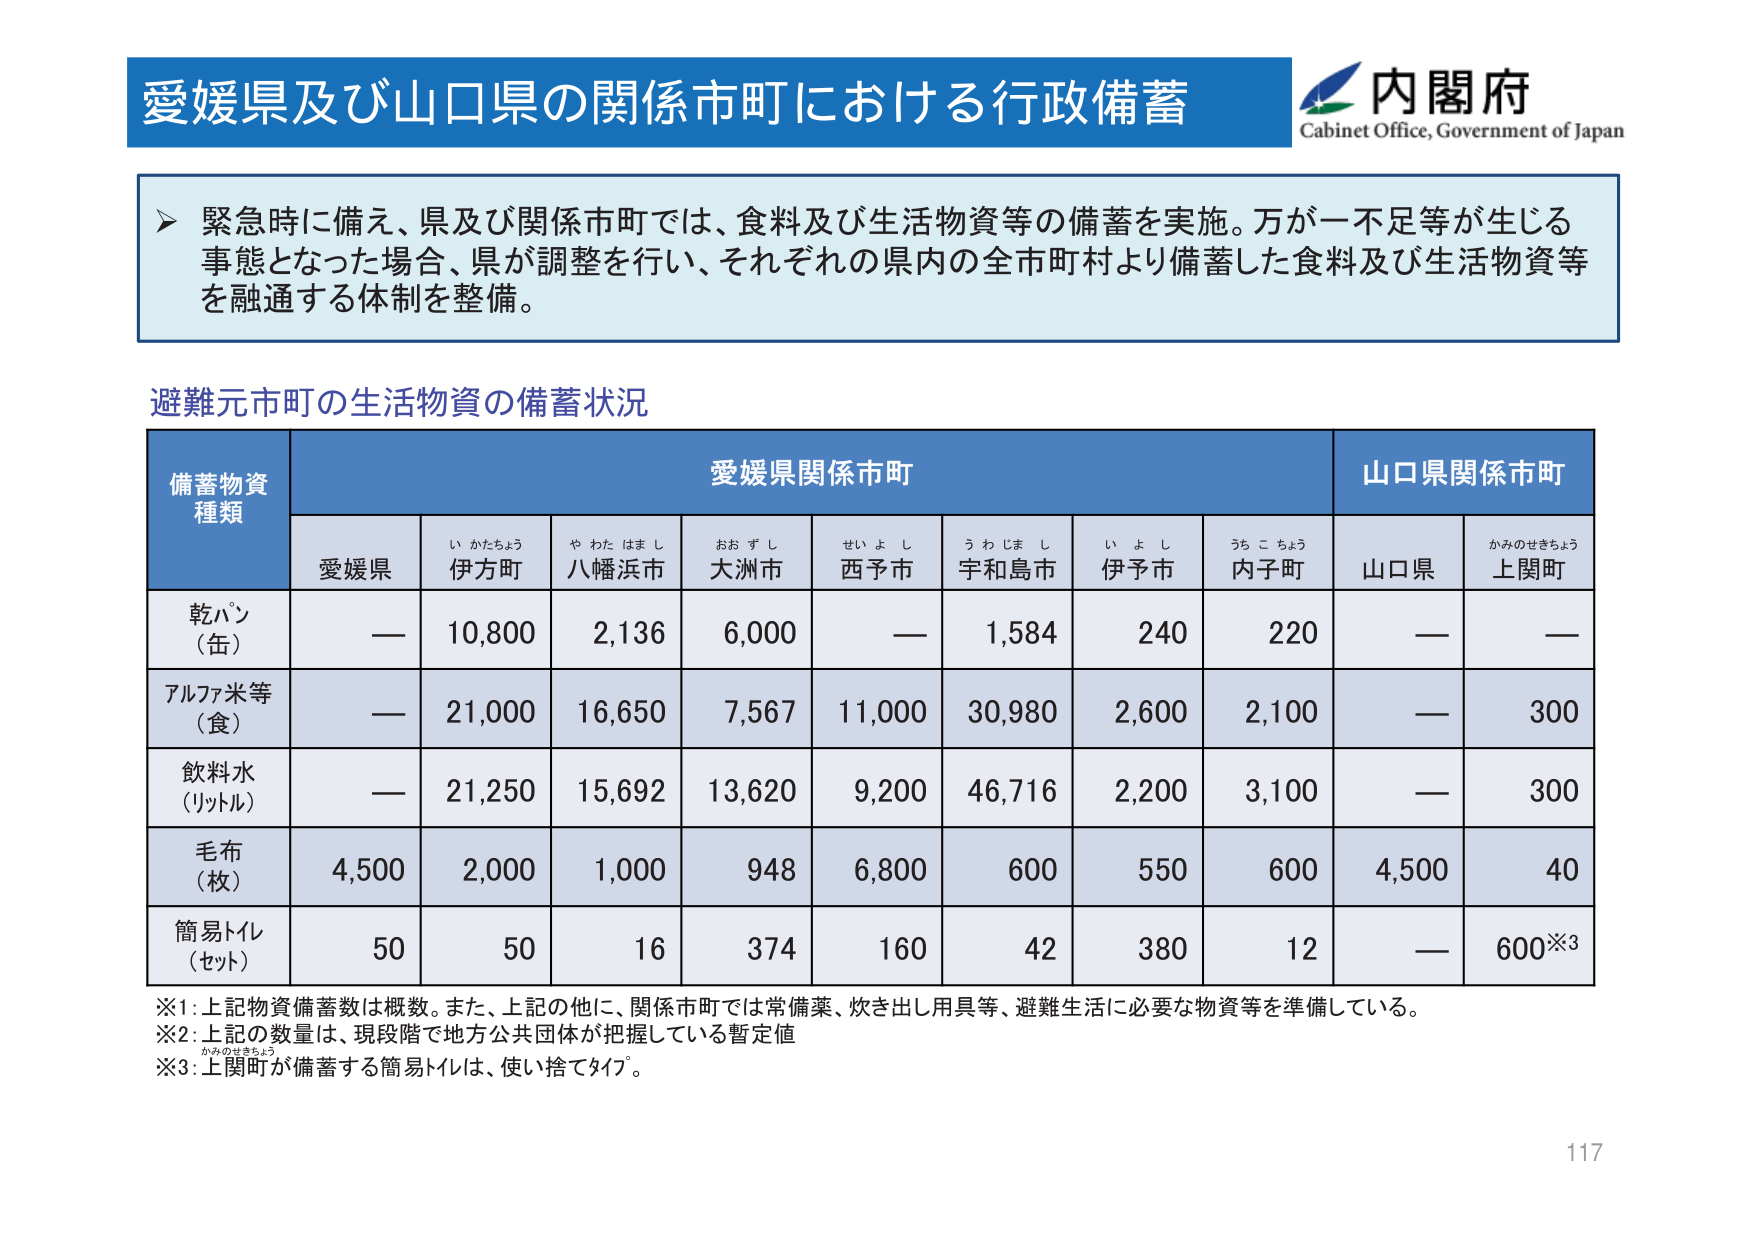
愛媛県及び山口県の関係市町における行政備蓄
内閣府
Cabinet Office, Government of Japan
緊急時に備え、県及び関係市町では、食料及び生活物資等の備蓄を実施。万が一不足等が生じる
事態となった場合、県が調整を行い、それぞれの県内の全市町村より備蓄した食料及び生活物資等
を融通する体制を整備。
避難元市町の生活物資の備蓄状況
備蓄物資
種類
愛媛県関係市町
山口県関係市町
愛媛県
い かたちょう
伊方町
や わた はま し
八幡浜市
おお ず し
大洲市
せい よ し
西予市
うわ じま し
宇和島市
い よ し
伊予市
うち こちょう
内子町
山口県
かみのせきちょう
上関町
乾パン
（缶）
—
10,800
2,136
6,000
—
1,584
240
220
—
—
アルファ米等
（食）
—
21,000
16,650
7,567
11,000
30,980
2,600
2,100
—
300
飲料水
（リットル）
—
21,250
15,692
13,620
9,200
46,716
2,200
3,100
—
300
毛布
（枚）
4,500
2,000
1,000
948
6,800
600
550
600
4,500
40
簡易トイレ
（セット）
50
50
16
374
160
42
380
12
—
600※3
※1：上記物資備蓄数は概数。また、上記の他に、関係市町では常備薬、炊き出し用具等、避難生活に必要な物資等を準備している。
※2：上記の数量は、現段階で地方公共団体が把握している暫定値
※3：上関町が備蓄する簡易トイレは、使い捨てタイプ。
117